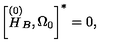
\left[ \stackrel { \left( 0 \right) } { H } _ { B } , \Omega _ { 0 } \right] ^ { * } = 0 ,